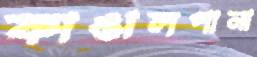
কাঙালপানা